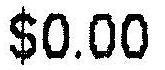
$0.00